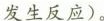
发生反应)。